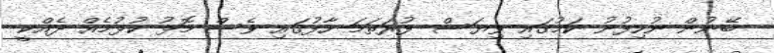
ބޭނުން ނުހިފުނު ކަމުގައި ވިޔަސް ފުރަތަމަ ހާފުގައި ވެސް މޮޅު ކުޅުމެއް ދެއްކީ